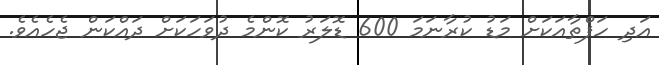
އަދި ހަފްތާއަކަށް މަޑު ކުރާާނަމަ 600 ޑޮލަރު ކޮންމެ ދުވަހަކަށް ދައްކަން ޖެހެއެވެ.